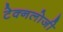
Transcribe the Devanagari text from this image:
टेक्नलोजी